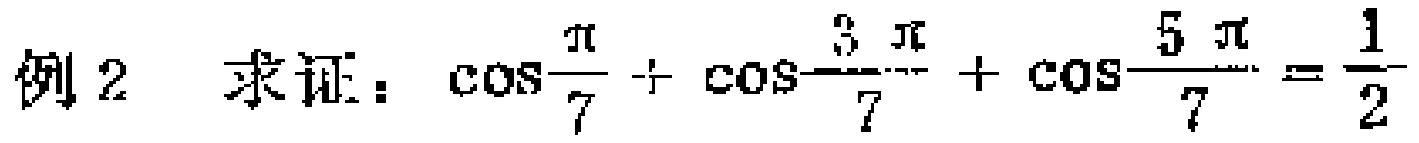
例2 求证：\(\cos\frac{\pi}{7}+\cos\frac{3\pi}{7}+\cos\frac{5\pi}{7}=\frac{1}{2}\)